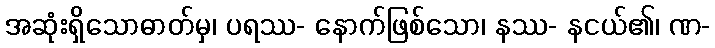
အဆုံးရှိသောဓာတ်မှ၊ ပရဿ- နောက်ဖြစ်သော၊ နဿ- နငယ်၏၊ ဏ-